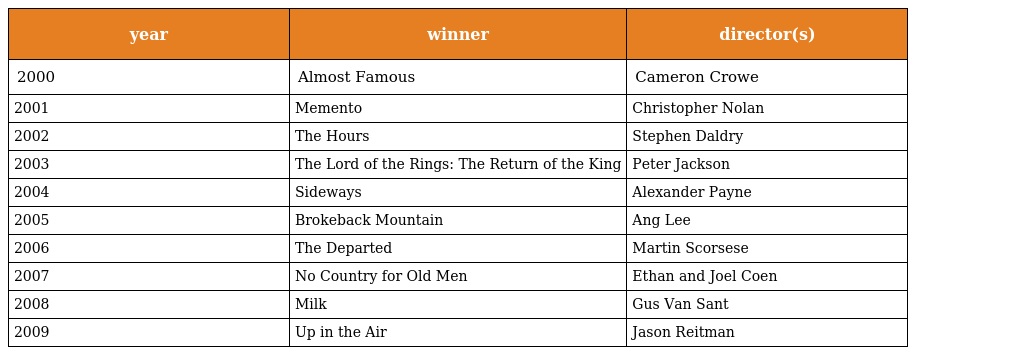
| year | winner | director(s) |
 | --- | --- | --- |
 | 2000 | Almost Famous | Cameron Crowe |
 | 2001 | Memento | Christopher Nolan |
 | 2002 | The Hours | Stephen Daldry |
 | 2003 | The Lord of the Rings: The Return of the King | Peter Jackson |
 | 2004 | Sideways | Alexander Payne |
 | 2005 | Brokeback Mountain | Ang Lee |
 | 2006 | The Departed | Martin Scorsese |
 | 2007 | No Country for Old Men | Ethan and Joel Coen |
 | 2008 | Milk | Gus Van Sant |
 | 2009 | Up in the Air | Jason Reitman |